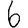
Digit: 6